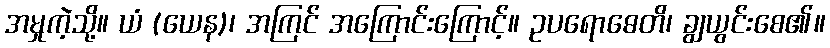
အမှုကဲ့သို့။ ယံ (ယေန)၊ အကြင် အကြောင်းကြောင့်။ ဥပရောဓေတိ၊ ချွယွင်းစေ၏။